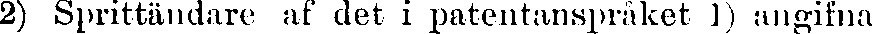
2) Sprittändare af det i patentanspraket 1) angifna